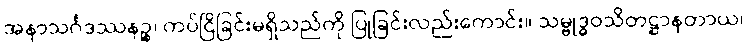
အနာသင်္ဂဒဿနဉ္စ၊ ကပ်ငြိခြင်းမရှိသည်ကို ပြုခြင်းလည်းကောင်း။ သမ္ဗုဒ္ဓဝသိတဋ္ဌာနတာယ၊